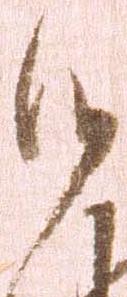
候